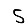
Digit: 5